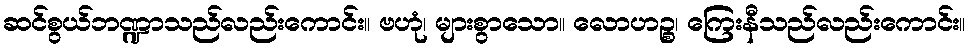
ဆင်စွယ်ဘဏ္ဍာသည်လည်းကောင်း။ ဗဟုံ၊ များစွာသော။ လောဟဉ္စ၊ ကြေးနီသည်လည်းကောင်း။